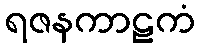
ရဇနကာဠကံ